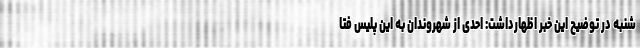
شنبه در توضیح این خبر اظهارداشت: احدی از شهروندان به این پلیس فتا